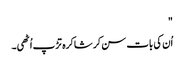
"
اُن کی بات سن کر شاکرہ تڑپ اُٹھی۔